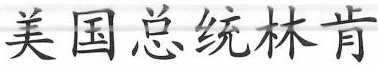
美国总统林肯